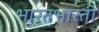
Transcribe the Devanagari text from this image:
भारतभारती